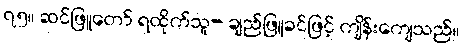
၇၅။ ဆင်ဖြူတော် ရထိုက်သူ- ချည်ဖြူခင်ဖြင့် ကျိန်းကျေသည်။